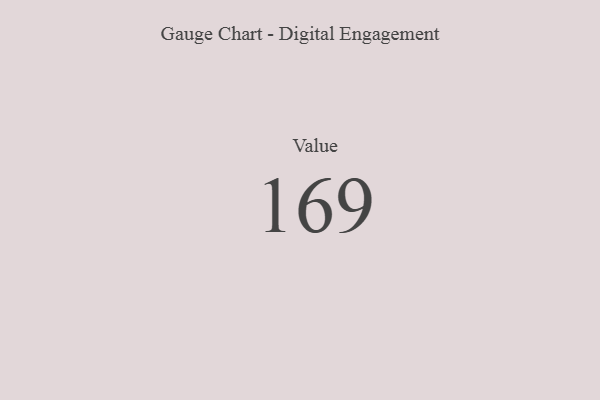
{"axis": {"x": "Metric", "y": "Value"}, "legend": [""], "data": [{"x": "Value", "y": 169, "type": ""}]}